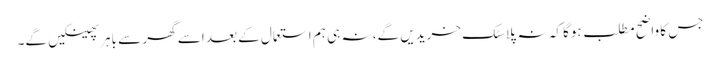
جس کا واضح مطلب ہوگا کہ نہ پلاسٹک خریدیں گے، نہ ہی ہم استعمال کے بعد اسے گھر سے باہر پھینکیں گے۔